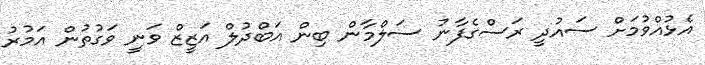
އެޅުއްވުމަށް ސައުދީ ރަސްގެފާނު ސަލްމާން ބިން އަބްދުލް އަޒީޒް ވަނީ ވަގުތުން އަމުރު